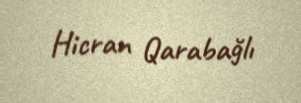
Hicran Qarabağlı